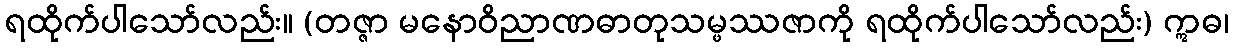
ရထိုက်ပါသော်လည်း။ (တဇ္ဇာ မနောဝိညာဏဓာတုသမ္ဖဿဇာကို ရထိုက်ပါသော်လည်း) ဣဓ၊